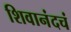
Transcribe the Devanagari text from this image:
शिवानंदचं